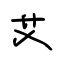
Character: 艾